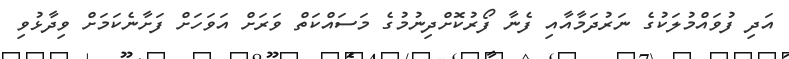
އަދި ފުވައްމުލަކުގެ ނަރުދަމާއާއި ފެނާ ފޯރުކޮށްދިނުމުގެ މަސައްކަތް ވަރަށް އަވަހަށް ފަށާނެކަމަށް ވިދާޅުވި